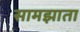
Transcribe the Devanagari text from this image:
सामझाता